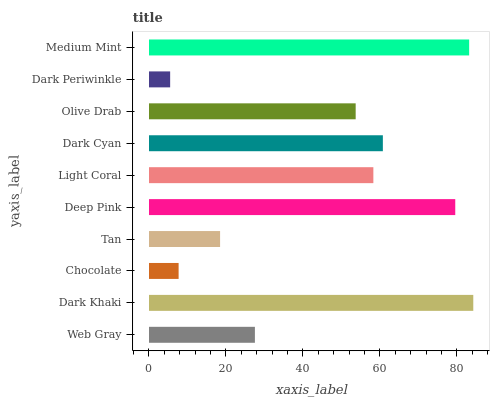
| yaxis_label | bars |
 | --- | --- |
 | Web Gray | 27.5 |
 | Dark Khaki | 84.2 |
 | Chocolate | 7.69 |
 | Tan | 18.5 |
 | Deep Pink | 79.5 |
 | Light Coral | 58.3 |
 | Dark Cyan | 60.7 |
 | Olive Drab | 53.7 |
 | Dark Periwinkle | 5.5 |
 | Medium Mint | 83.2 |